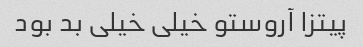
پیتزا آروستو خیلی خیلی بد بود